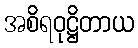
အစိရဝုဋ္ဌိတာယ